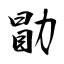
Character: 勖